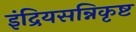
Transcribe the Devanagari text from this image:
इंद्रियसन्निकृष्ट